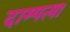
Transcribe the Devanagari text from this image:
दाम्पत्या